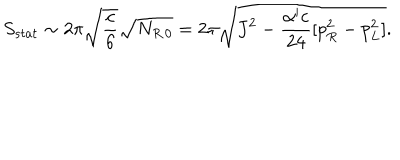
S _ { s t a t } \sim 2 \pi \sqrt { \frac { c } { 6 } } \sqrt { N _ { R \, 0 } } = 2 \pi \sqrt { J ^ { 2 } - { \frac { \alpha ^ { \prime } c } { 2 4 } } [ p _ { R } ^ { 2 } - p _ { L } ^ { 2 } ] } .